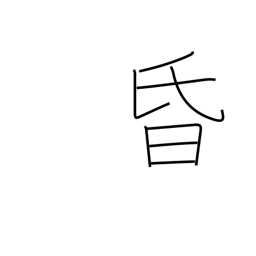
Meaning: dark